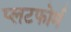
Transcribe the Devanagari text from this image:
प्लटफोर्म